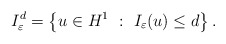
\begin{align*}I_{\varepsilon}^{d}=\left\{ u\in H^{1}\ :\ I_{\varepsilon}(u)\le d\right\} .\end{align*}